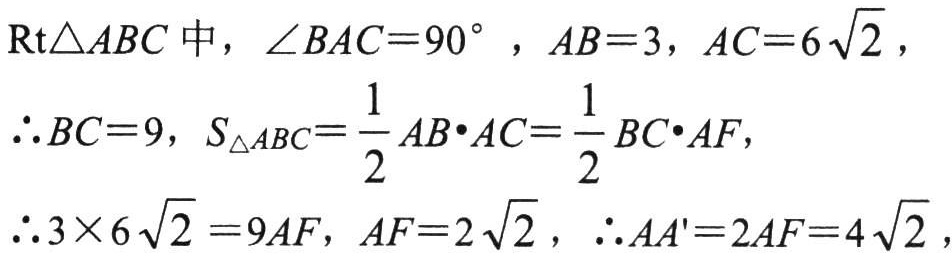
$\text{Rt}\triangle ABC\text{ 中，}\angle BAC = 90^{\circ}，AB = 3，AC = 6\sqrt{2}，$

$\therefore BC = 9，S_{\triangle ABC}=\frac{1}{2}AB\cdot AC=\frac{1}{2}BC\cdot AF，$

$\therefore 3\times 6\sqrt{2}=9AF，AF = 2\sqrt{2}，\therefore AA' = 2AF = 4\sqrt{2}，$